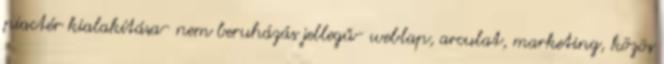
piactér kialakítása- nem beruházás jellegű- weblap, arculat, marketing, közös